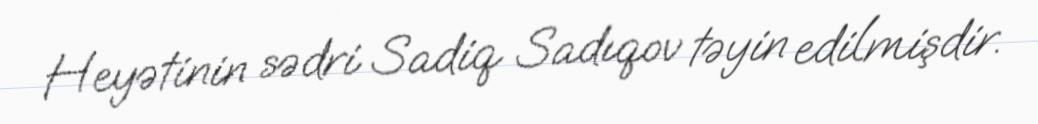
Heyətinin sədri Sadiq Sadıqov təyin edilmişdir.